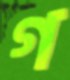
গ